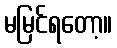
မမြင်ရတော့။